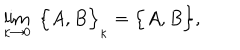
LaTeX: \lim _ { \kappa \rightarrow 0 } \; \Big \{ A , B \Big \} _ { \kappa } = \Big \{ A , B \Big \} ,